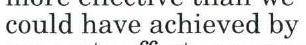
could have achieved by